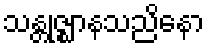
သန္တုဇ္ဈာနသညိနော